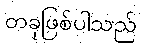
တခုဖြစ်ပါသည်